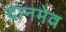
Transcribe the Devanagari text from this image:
दानमेव